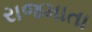
રાજમાતા